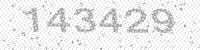
Solution: 143429